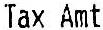
TAX AMT